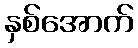
နှစ်အောက်